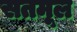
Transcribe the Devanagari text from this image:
सतमूल